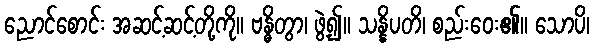
ညောင်စောင်း အဆင့်ဆင့်တို့ကို။ ဗန္ဓိတွာ၊ ဖွဲ့၍။ သန္နိပတိ၊ စည်းဝေး၏။ သောပိ၊